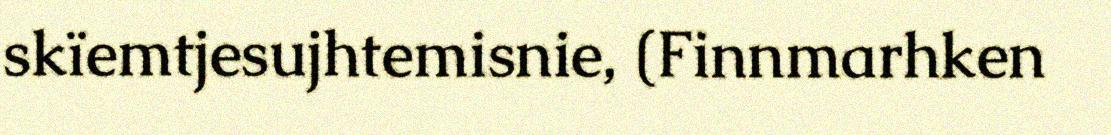
skïemtjesujhtemisnie, (Finnmarhken